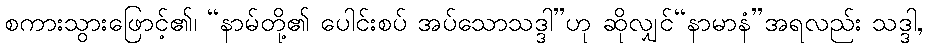
စကားသွားဖြောင့်၏၊ “နာမ်တို့၏ ပေါင်းစပ် အပ်သောသဒ္ဒါ”ဟု ဆိုလျှင်“နာမာနံ”အရလည်း သဒ္ဒါ,